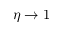
\eta \rightarrow 1